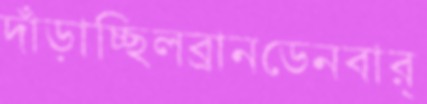
দাঁড়াচ্ছিলব্রানডেনবার্